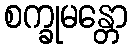
စက္ခုမန္တော